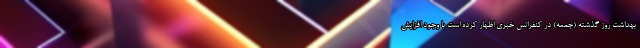
بهداشت روز گذشته (جمعه) در کنفرانس خبری اظهار کرده است با وجود افزایش